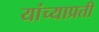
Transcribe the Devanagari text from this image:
यांच्याप्रती